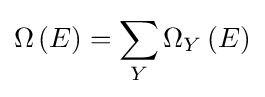
\Omega \left(E\right)=\sum _{Y}\Omega _{Y}\left(E\right)